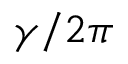
\gamma / 2 \pi